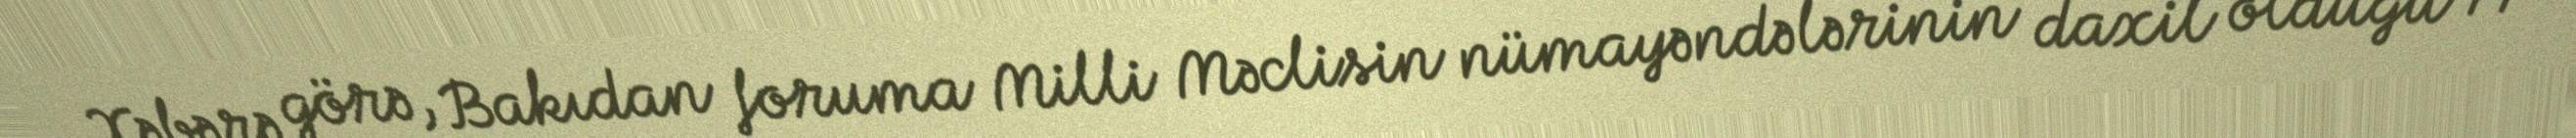
Xəbərə görə, Bakıdan foruma Milli Məclisin nümayəndələrinin daxil olduğu 77